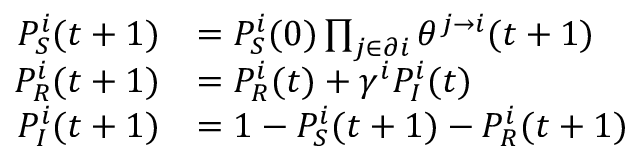
\begin{array} { r l } { P _ { S } ^ { i } ( t + 1 ) } & { = P _ { S } ^ { i } ( 0 ) \prod _ { j \in \partial i } \theta ^ { j \to i } ( t + 1 ) } \\ { P _ { R } ^ { i } ( t + 1 ) } & { = P _ { R } ^ { i } ( t ) + \gamma ^ { i } P _ { I } ^ { i } ( t ) } \\ { P _ { I } ^ { i } ( t + 1 ) } & { = 1 - P _ { S } ^ { i } ( t + 1 ) - P _ { R } ^ { i } ( t + 1 ) } \end{array}